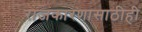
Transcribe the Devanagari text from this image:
राजकारणासाठीही